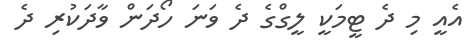
އެއީ މި ދެ ޓީމަކީ ލީގްގެ ދެ ވަނަ ހޯދަން ވާދަކުރި ދެ